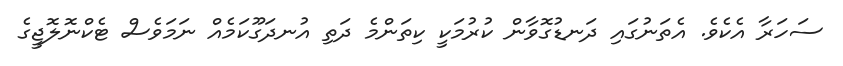
ސަހަރާ އެކެވެ. އެތަނުގައި ދަނޑުގޮވާން ކުރުމަކީ ކިތަންމެ ދަތި އުނދަގޫކަމެއް ނަމަވެސް ޓެކްނޮލޮޖީގެ